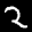
Label: 2